Report of the Indian Hemp Drugs Commission, 1894-1895 - Volume III
Year: 1894
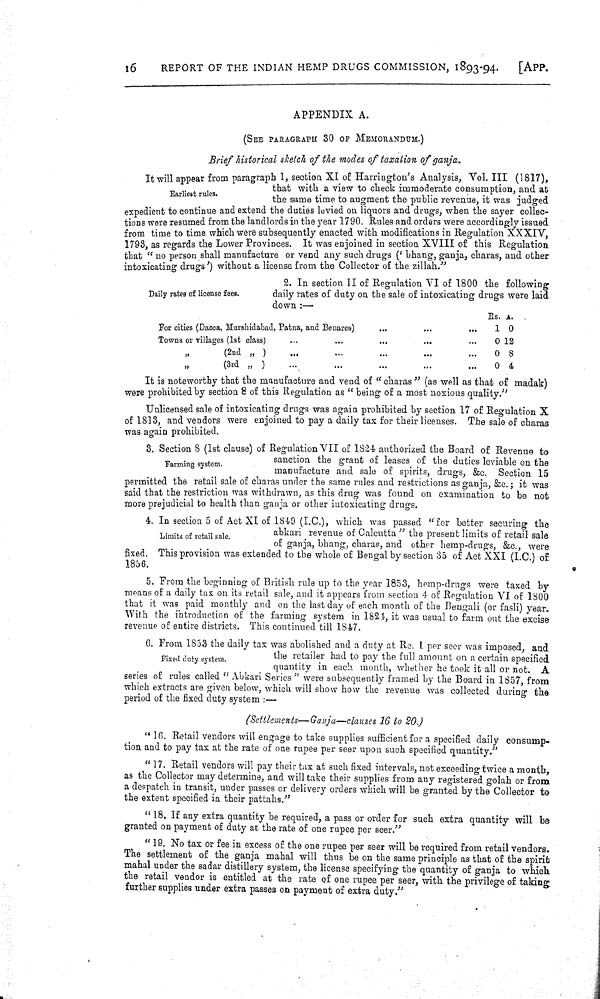
16
REPORT OF THE INDIAN HEMP DRUGS COMMISSION, 1893-94.
[APP.
Earliest rules.
APPENDIX A.
(SEE PARAGRAPH 30 OF MEMORANDUM.)
Brief historical sketch of the modes of taxation of ganja.
It will appear from paragraph 1, section XI of Harrington's Analysis, Vol. III (1817),
that with a view to check immoderate consumption, and at
the same time to augment the public revenue, it was judged
expedient to continue and extend the duties levied on liquors and drugs, when the sayer collec-
tions were resumed from the landlords in the year 1790. Rules and orders were accordingly issued
from time to time which were subsequently enacted with modifications in Regulation XXXIV,
1793, as regards the Lower Provinces. It was enjoined in section XVIII of this Regulation
that "no person shall manufacture or vend any such drugs ('bhang, ganja, charas, and other
intoxicating drugs') without a license from the Collector of the zillah."
Daily rates of license fees.
2. In section II of Regulation VI of 1800 the following
daily rates of duty on the sale of intoxicating drugs were laid
down:—
Rs. A.
For cities (Dacca, Murshidabad, Patna, and Benares)
1 0
Towns or villages (1st class)
0 12
"
(2nd " )
0 8
"
(3rd " )
0 4
It is noteworthy that the manufacture and vend of "charas" (as well as that of madak)
were prohibited by section 8 of this Regulation as "being of a most noxious quality."
Unlicensed sale of intoxicating drugs was again prohibited by section 17 of Regulation X
of 1813, and vendors were enjoined to pay a daily tax for their licenses. The sale of charas
was again prohibited.
Farming system.
3. Section 8 (1st clause) of Regulation VII of 1824 authorized the Board of Revenue to
sanction the grant of leases of the duties leviable on the
manufacture and sale of spirits, drugs, &c. Section 15
permitted the retail sale of charas under the same rules and restrictions as ganja, &c.; it was
said that the restriction was withdrawn, as this drug was found on examination to be not
more prejudicial to health than ganja or other intoxicating drugs.
Limits of retail sale.
4. In section 5 of Act XI of 1849 (I.C.), which was passed "for better securing the
abkari revenue of Calcutta" the present limits of retail sale
of ganja, bhang, charas, and other hemp-drugs, &c., were
fixed. This provision was extended to the whole of Bengal by section 35 of Act XXI (I.C.) of
1856.
5. From the beginning of British rule up to the year 1853, hemp-drugs were taxed by
means of a daily tax on its retail sale, and it appears from section 4 of Regulation VI of 1800
that it was paid monthly and on the last day of each month of the Bengali (or fasli) year.
With the introduction of the farming system in 1824, it was usual to farm out the excise
revenue of entire districts. This continued till 1847.
Fixed duty system.
6. From 1853 the daily tax was abolished and a duty at Re. 1 per seer was imposed, and
the retailer had to pay the full amount on a certain specified
quantity in each month, whether he took it all or not. A
series of rules called "Abkari Series" were subsequently framed by the Board in 1857, from
which extracts are given below, which will show how the revenue was collected during the
period of the fixed duty system:—
(Settlements—Ganja—clauses 16 to 20.)
"16. Retail vendors will engage to take supplies sufficient for a specified daily consump-
tion and to pay tax at the rate of one rupee per seer upon such specified quantity."
"17. Retail vendors will pay their tax at such fixed intervals, not exceeding twice a month,
as the Collector may determine, and will take their supplies from any registered golah or from
a despatch in transit, under passes or delivery orders which will be granted by the Collector to
the extent specified in their pattahs."
"18. If any extra quantity be required, a pass or order for such extra quantity will be
granted on payment of duty at the rate of one rupee per seer."
"19. No tax or fee in excess of the one rupee per seer will be required from retail vendors.
The settlement of the ganja mahal will thus be on the same principle as that of the spirit
mahal under the sadar distillery system, the license specifying the quantity of ganja to which
the retail vendor is entitled at the rate of one rupee per seer, with the privilege of taking
further supplies under extra passes on payment of extra duty."